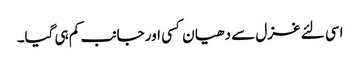
اسی لئے غزل سے دھیا ن کسی اور جانب کم ہی گیا۔